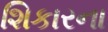
શિકારના